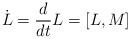
LaTeX: \begin{align*}\dot L={d\over{dt}}L=[L,M]\end{align*}